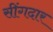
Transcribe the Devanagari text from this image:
सींगदार